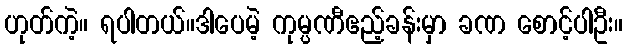
ဟုတ်ကဲ့။ ရပါတယ်။ဒါပေမဲ့ ကုမ္ပဏီဧည့်ခန်းမှာ ခဏ စောင့်ပါဦး။